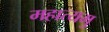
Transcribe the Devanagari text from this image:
महात्यमु